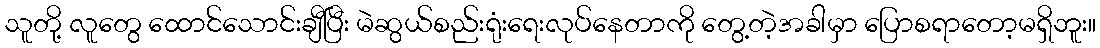
သူတို့ လူတွေ ထောင်သောင်းချီပြီး မဲဆွယ်စည်းရုံးရေးလုပ်နေတာကို တွေ့တဲ့အခါမှာ ပြောစရာတော့မရှိဘူး။